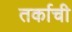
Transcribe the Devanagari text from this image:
तर्काची